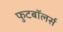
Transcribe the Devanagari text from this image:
फुटबॉलर्स